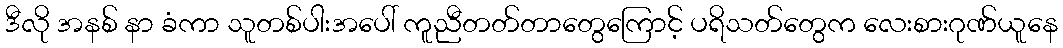
ဒီလို အနစ် နာ ခံကာ သူတစ်ပါးအပေါ် ကူညီတတ်တာတွေကြောင့် ပရိသတ်တွေက လေးစားဂုဏ်ယူနေ